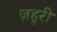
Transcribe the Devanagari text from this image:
ज़हूरी